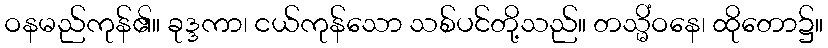
ဝနမည်ကုန်၏။ ခုဒ္ဒကာ၊ ငယ်ကုန်သော သစ်ပင်တို့သည်။ တသ္မိံဝနေ၊ ထိုတော၌။